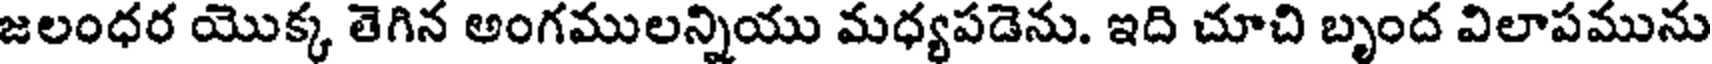
జలంధర యొక్క తెగిన అంగములన్నియు మధ్యపడెను. ఇది చూచి బృంద విలాపమును